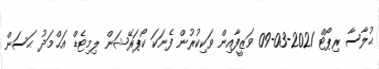
ޙުލާސާ ރިޕޯޓް 2021-03-09 ވަޒީފާއިން ވަކިކުރުން ފެނަކަ ކޯޕަރޭޝަން ލިމިޓެޑް އަޙްމަދު ޙަސަން